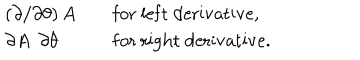
\begin{array} { l l l } { { \displaystyle \left( \partial / \partial \theta \right) A } } & { { } } & { { \mathrm { f o r \ l e f t \ d e r i v a t i v e } , } } \\ { { \displaystyle \partial A / \partial \theta } } & { { } } & { { \mathrm { f o r \ r i g h t \ d e r i v a t i v e } . } } \\ \end{array}